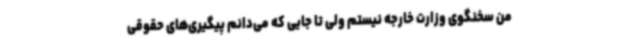
من سخنگوی وزارت خارجه نیستم ولی تا جایی که می‌دانم پیگیری‌های حقوقی